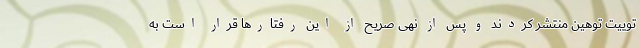
توییت توهین منتشر کردند و پس از نهی صریح از این رفتارها قرار است به